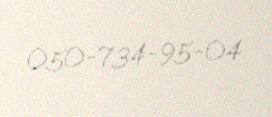
050-734-95-04